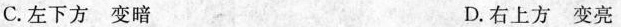
C.左下方变暗 D.右上方变亮